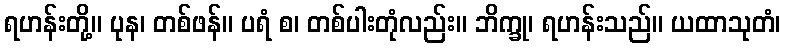
ရဟန်းတို့။ ပုန၊ တစ်ဖန်။ ပရံ စ၊ တစ်ပါးတုံလည်း။ ဘိက္ခု၊ ရဟန်းသည်။ ယထာသုတံ၊